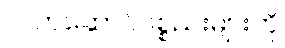
လက်ဆောင်ပစ္စည်းများကို